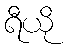
ရီယို